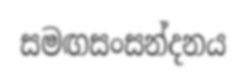
සමඟසංසන්දනය